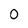
Character: 0